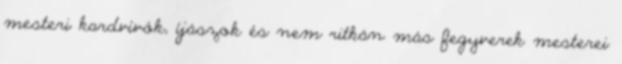
mesteri kardvívók, íjászok és nem ritkán más fegyverek mesterei